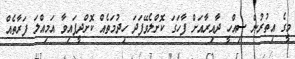
މީގެ އިތުރުން ސިއްހީ ދާއިރާއަށް ފާހަގަ ކޮށްލެވޭފަދަ ހިދުމަތެއް ކޮށްދީފައިވާ އަމިއްލަ ފަރާތެއް